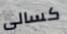
كسالى